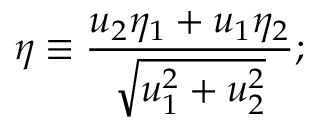
\eta \equiv { \frac { u _ { 2 } \eta _ { 1 } + u _ { 1 } \eta _ { 2 } } { \sqrt { u _ { 1 } ^ { 2 } + u _ { 2 } ^ { 2 } } } } ;